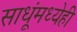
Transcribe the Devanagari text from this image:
साधूंमध्येही